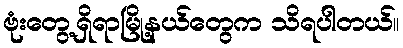
ဗုံးတွေ့ရှိရာမြို့နယ်တွေက သိရပါတယ်။